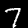
Digit: 7